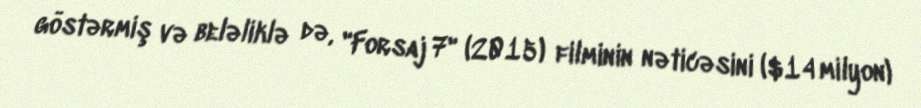
göstərmiş və beləliklə də, "Forsaj 7" (2015) filminin nəticəsini ($14 milyon)